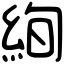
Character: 絢